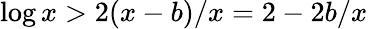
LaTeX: \log x>2(x-b)/x=2-2b/x